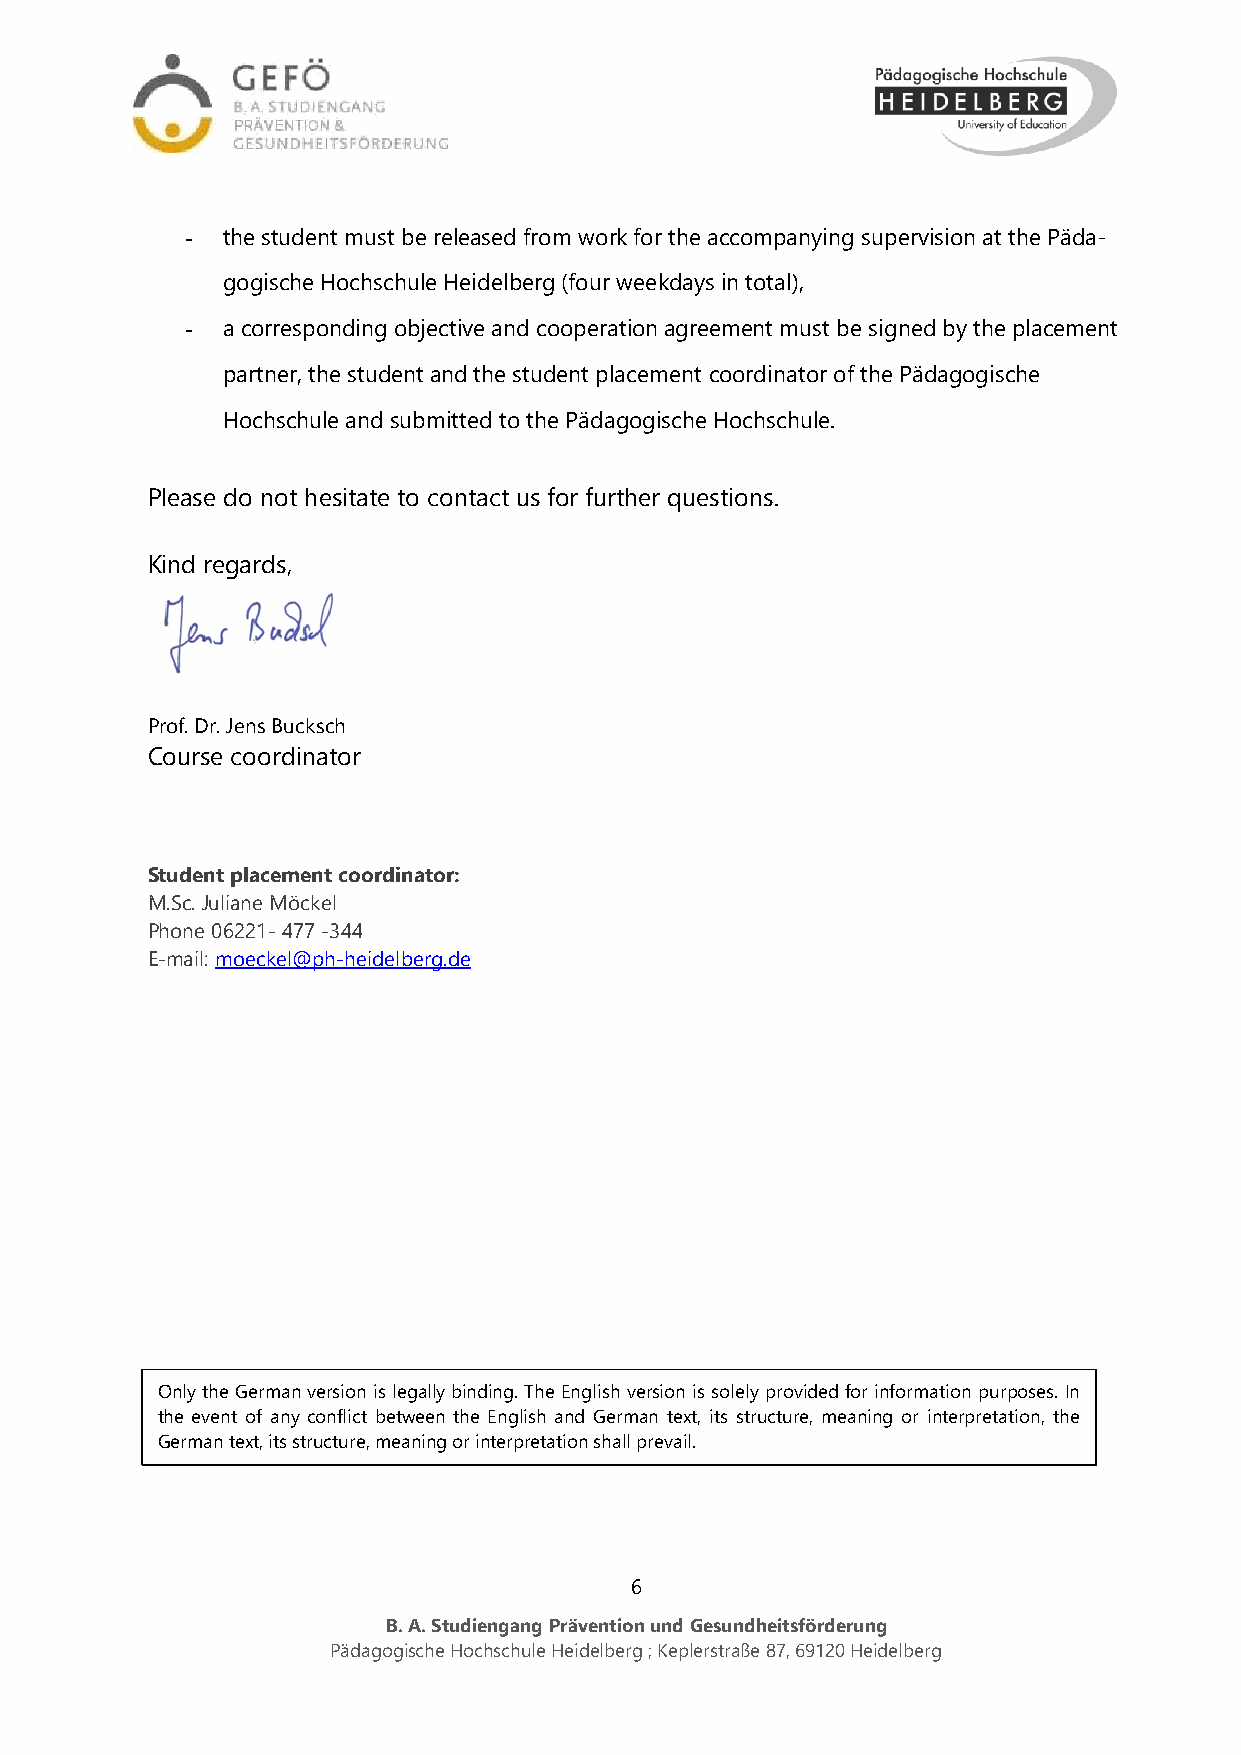
-  the student must be released from work for the accompanying supervision at the Päda-
 gogische Hochschule Heidelberg (four weekdays in total),
 -  a corresponding objective and cooperation agreement must be signed by the placement
 partner, the student and the student placement coordinator of the Pädagogische
 Hochschule and submitted to the Pädagogische Hochschule.
 Please do not hesitate to contact us for further questions.
 Kind regards,
 Prof. Dr. Jens Bucksch
 Course coordinator
 Student placement coordinator:
 M.Sc. Juliane Möckel
 Phone 06221- 477 -344
 E-mail: moeckel@ph-heidelberg.de
 Only the German version is legally binding. The English version is solely provided for information purposes. In
 the event of any conflict between the English and German text, its structure, meaning or interpretation, the
 German text, its structure, meaning or interpretation shall prevail.
 6
 B. A. Studiengang Prävention und Gesundheitsförderung
 Pädagogische Hochschule Heidelberg ; Keplerstraße 87, 69120 Heidelberg